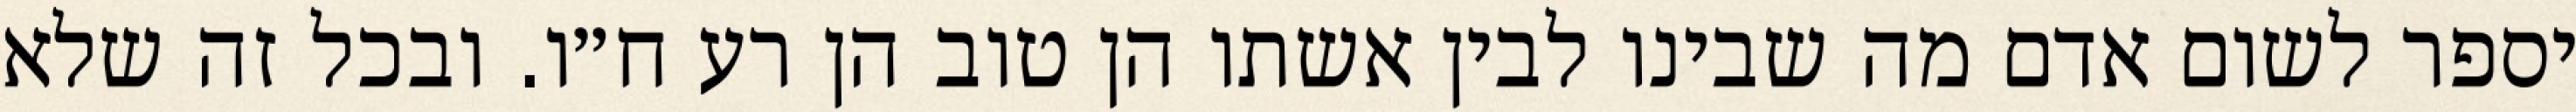
יספר לשום אדם מה שבינו לבין אשתו הן טוב הן רע ח״ו. ובכל זה שלא